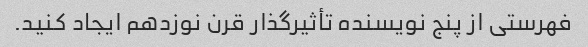
فهرستی از پنج نویسنده تأثیرگذار قرن نوزدهم ایجاد کنید.